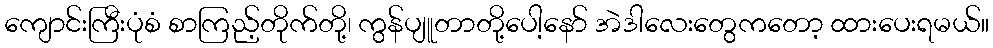
ကျောင်းကြီးပုံစံ စာကြည့်တိုက်တို့၊ ကွန်ပျူတာတို့ပေါ့နော် အဲဒါလေးတွေကတော့ ထားပေးရမယ်။